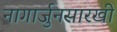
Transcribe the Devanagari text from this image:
नागार्जुनसारखी